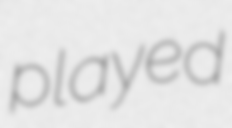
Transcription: played